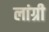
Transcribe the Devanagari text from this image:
लांग्री